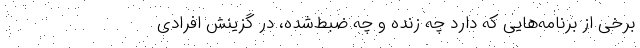
برخی از برنامه‌هایی که دارد چه زنده و چه ضبط‌شده، در گزینش افرادی